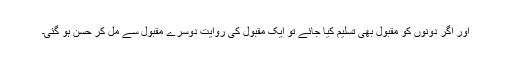
اور اگر دونوں کو مقبول بھی تسلیم کیا جائے تو ایک مقبول کی روایت دوسرے مقبول سے مل کر حسن ہو گئی۔